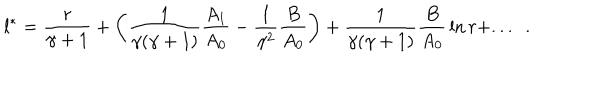
l ^ { * } = { \frac { r } { \gamma + 1 } } + \left( { \frac { 1 } { \gamma ( \gamma + 1 ) } } { \frac { A _ { 1 } } { A _ { 0 } } } - { \frac { 1 } { \gamma ^ { 2 } } } { \frac { B } { A _ { 0 } } } \right) + { \frac { 1 } { \gamma ( \gamma + 1 ) } } { \frac { B } { A _ { 0 } } } \ln r + . . . ~ ~ .